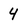
Character: 4